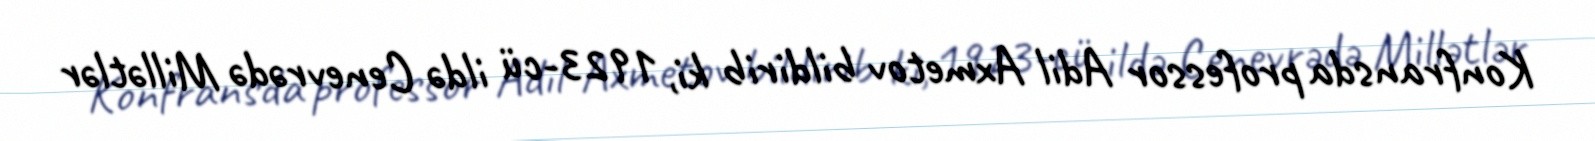
Konfransda professor Adil Axmetov bildirib ki, 1923-cü ildə Cenevrədə Millətlər